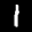
Label: 1